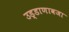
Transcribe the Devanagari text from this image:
उड्डाणावजा